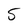
Character: 5